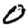
Digit: 0